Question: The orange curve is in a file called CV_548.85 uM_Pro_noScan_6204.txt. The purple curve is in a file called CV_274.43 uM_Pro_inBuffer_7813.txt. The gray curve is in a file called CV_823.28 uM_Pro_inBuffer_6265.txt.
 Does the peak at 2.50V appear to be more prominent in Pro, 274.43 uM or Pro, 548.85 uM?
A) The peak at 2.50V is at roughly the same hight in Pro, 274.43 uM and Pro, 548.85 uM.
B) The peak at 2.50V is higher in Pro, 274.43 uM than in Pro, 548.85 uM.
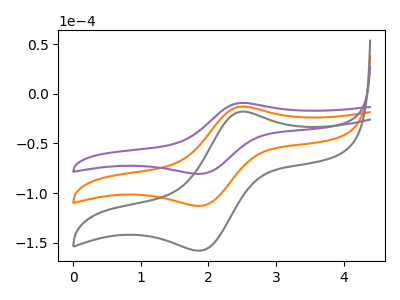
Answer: <think>The orange curve "Pro, 548.85 uM" has an anodic peak at (2.50V, -12.85uA) and a cathodic peak at (1.90V, -112.95uA). The purple curve "Pro, 274.43 uM" has an anodic peak at (2.50V, -9.20uA) and a cathodic peak at (1.90V, -80.70uA). The gray curve "Pro, 823.28 uM" has an anodic peak at (2.50V, -25.70uA) and a cathodic peak at (1.90V, -225.85uA).</think>
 <answer>B) The peak at 2.50V is higher in "Pro, 274.43 uM" than in "Pro, 548.85 uM".</answer>
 <eval>B</eval>